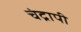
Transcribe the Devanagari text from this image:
चंद्रापी